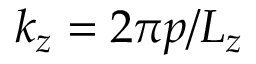
k _ { z } = 2 \pi p / L _ { z }